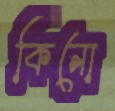
কিনো